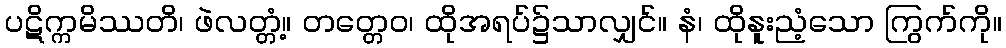
ပဋိက္ကမိဿတိ၊ ဖဲလတ္တံ့။ တတ္တေဝ၊ ထိုအရပ်၌သာလျှင်။ နံ၊ ထိုနူးညံ့သော ကြွက်ကို။